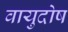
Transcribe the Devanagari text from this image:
वायुदोष